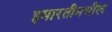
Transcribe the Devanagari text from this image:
इमारतीमधील